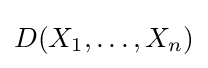
D(X_{1},\ldots ,X_{n})